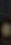
.